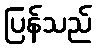
ပြန်သည်